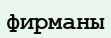
фирманы